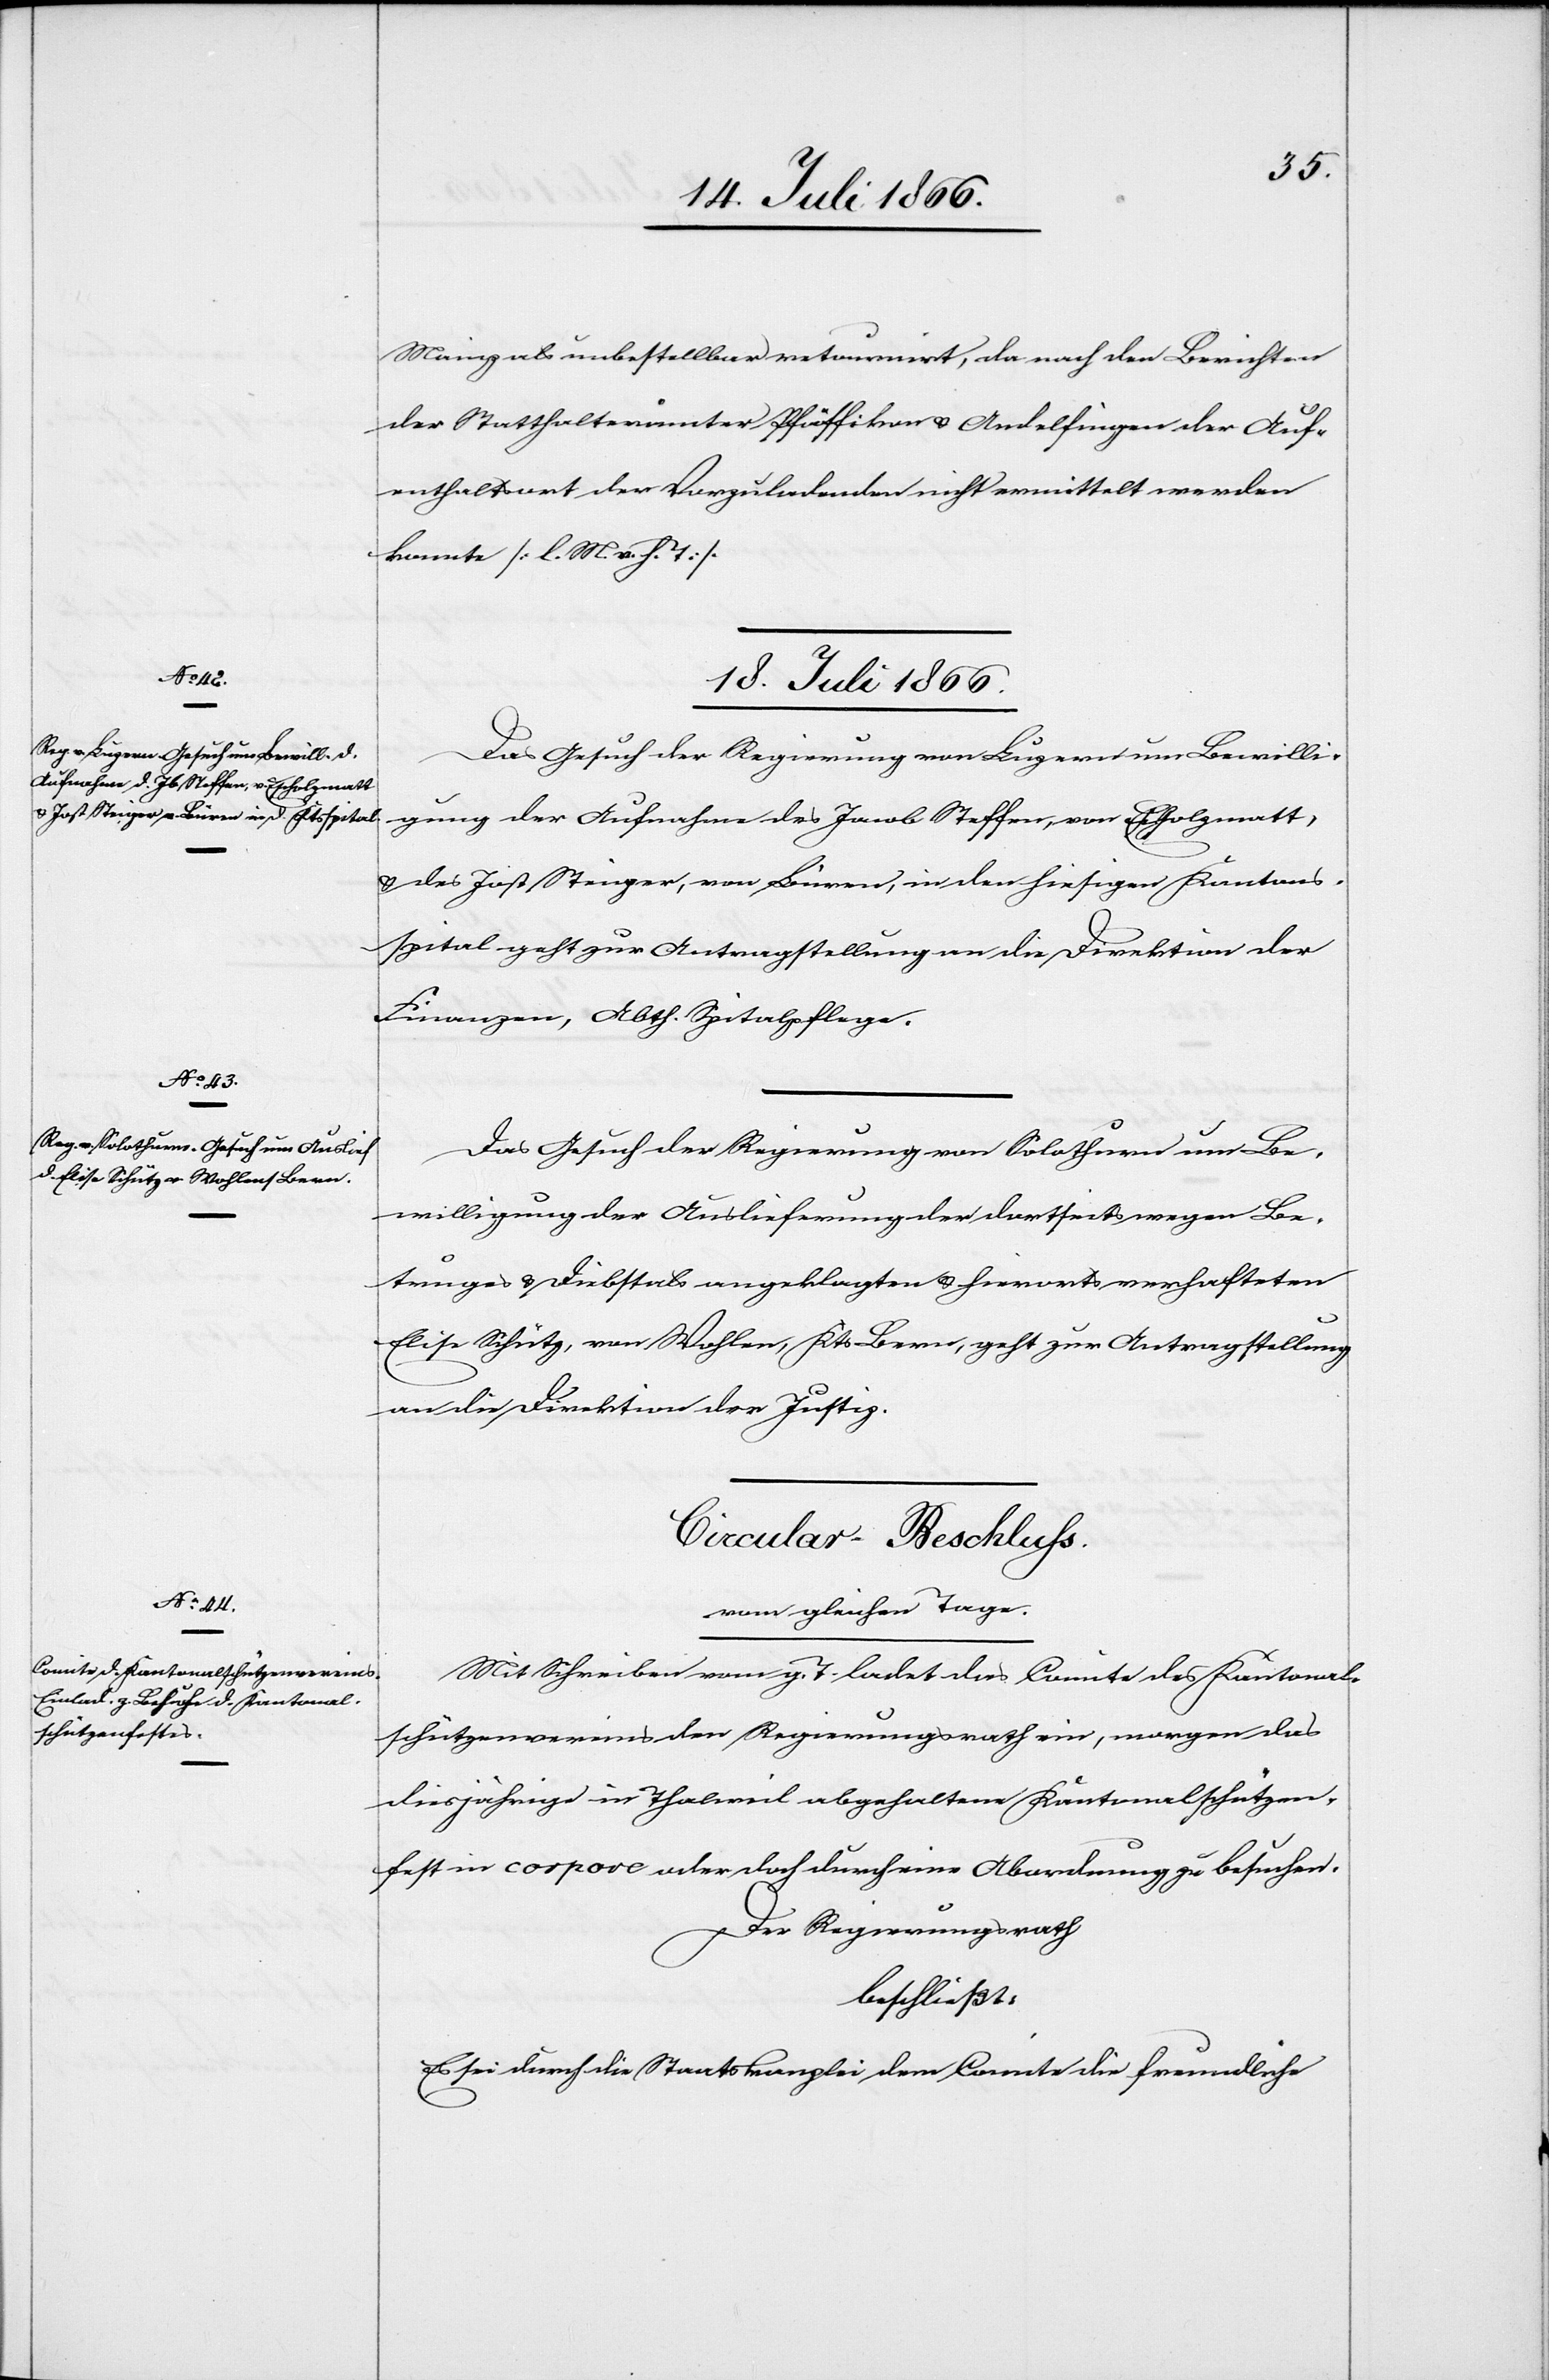
Mainz als unbestellbar retournirt, da nach den Berichten
der Statthalterämter Pfäffikon u. Andelfingen der Auf¬
enthaltsort der Vorzuladenden nicht ermittelt werden
konnte [l. M. v. h. T.].
18. Juli 1866.]
Das Gesuch der Regierung von Luzern um Bewilli¬
gung der Aufnahme des Jacob Steffen, von Eschholzmatt,
u. des Jost Steiger, von Büren, in den hiesigen Kantons¬
spital geht zur Antragstellung an die Direktion der
Finanzen, Abth. Spitalpflege.
Das Gesuch der Regierung von Solothurn um Be¬
willigung der Auslieferung der dortseits wegen Be¬
truges u. Diebstals angeklagten u. hierorts verhafteten
Elise Schütz, von Wohlen, Kts. Bern, geht zur Antragstellung
an die Direktion der Justiz.
Circular-Beschluß.
vom gleichen Tage.
Mit Schreiben vom g. T. ladet das Comite des Kantonal¬
schützenvereins den Regierungsrath ein, morgen das
diesjährige in Thalweil abgehaltene Kantonalschützen¬
fest in corpore oder doch durch eine Abordnung zu besuchen.
Der Regierungsrath,
beschließt:
Es sei durch die Staatskanzlei dem Comite die freundliche